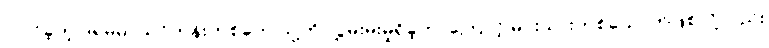
ပါဝင်ခဲ့တဲ့ ဒရမ်မာသင်တန်းတစ်ခုက သူ့ကို လွှမ်းမိုးမှုရှိခဲ့တာကြောင့် မင်းသားတစ်ယောက်ဖြစ်လို့လည်း